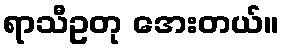
ရာသီဥတု အေးတယ်။